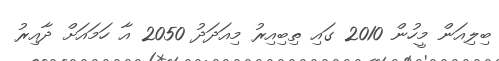
ބިލިއަން މީހުން 2010 ގައި ތިބިއިރު މިއަދަދު 2050 އާ ހަމައަށް ދާއިރު